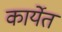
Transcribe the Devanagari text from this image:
कार्येत